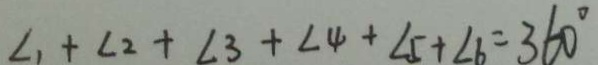
\angle 1 + \angle 2 + \angle 3 + \angle 4 + \angle 5 + \angle 6 = 3 6 0 ^ { \circ }